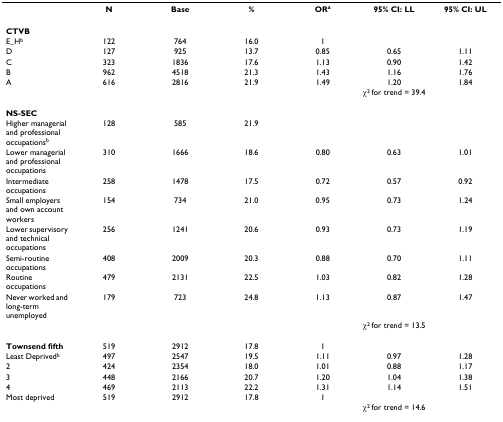
<table><thead><tr><td></td><td><b>N</b></td><td><b>Base</b></td><td><b>%</b></td><td><b>OR<sup>a</sup></b></td><td><b>95% CI: LL</b></td><td><b>95% CI: UL</b></td></tr></thead><tbody><tr><td><b>CTVB</b></td><td></td><td></td><td></td><td></td><td></td><td></td></tr><tr><td>E_H<sup>b</sup></td><td>122</td><td>764</td><td>16.0</td><td>1</td><td></td><td></td></tr><tr><td>D</td><td>127</td><td>925</td><td>13.7</td><td>0.85</td><td>0.65</td><td>1.11</td></tr><tr><td>C</td><td>323</td><td>1836</td><td>17.6</td><td>1.13</td><td>0.90</td><td>1.42</td></tr><tr><td>B</td><td>962</td><td>4518</td><td>21.3</td><td>1.43</td><td>1.16</td><td>1.76</td></tr><tr><td>A</td><td>616</td><td>2816</td><td>21.9</td><td>1.49</td><td>1.20</td><td>1.84</td></tr><tr><td></td><td></td><td></td><td></td><td colspan="3">χ<sup>2 </sup>for trend = 39.4</td></tr><tr><td><b>NS-SEC</b></td><td></td><td></td><td></td><td></td><td></td><td></td></tr><tr><td>Higher managerial and professional occupations<sup>b</sup></td><td>128</td><td>585</td><td>21.9</td><td></td><td></td><td></td></tr><tr><td>Lower managerial and professional occupations</td><td>310</td><td>1666</td><td>18.6</td><td>0.80</td><td>0.63</td><td>1.01</td></tr><tr><td>Intermediate occupations</td><td>258</td><td>1478</td><td>17.5</td><td>0.72</td><td>0.57</td><td>0.92</td></tr><tr><td>Small employers and own account workers</td><td>154</td><td>734</td><td>21.0</td><td>0.95</td><td>0.73</td><td>1.24</td></tr><tr><td>Lower supervisory and technical occupations</td><td>256</td><td>1241</td><td>20.6</td><td>0.93</td><td>0.73</td><td>1.19</td></tr><tr><td>Semi-routine occupations</td><td>408</td><td>2009</td><td>20.3</td><td>0.88</td><td>0.70</td><td>1.11</td></tr><tr><td>Routine occupations</td><td>479</td><td>2131</td><td>22.5</td><td>1.03</td><td>0.82</td><td>1.28</td></tr><tr><td>Never worked and long-term unemployed</td><td>179</td><td>723</td><td>24.8</td><td>1.13</td><td>0.87</td><td>1.47</td></tr><tr><td></td><td></td><td></td><td></td><td colspan="3">χ<sup>2 </sup>for trend = 13.5</td></tr><tr><td><b>Townsend fifth</b></td><td>519</td><td>2912</td><td>17.8</td><td>1</td><td></td><td></td></tr><tr><td>Least Deprived<sup>b</sup></td><td>497</td><td>2547</td><td>19.5</td><td>1.11</td><td>0.97</td><td>1.28</td></tr><tr><td>2</td><td>424</td><td>2354</td><td>18.0</td><td>1.01</td><td>0.88</td><td>1.17</td></tr><tr><td>3</td><td>448</td><td>2166</td><td>20.7</td><td>1.20</td><td>1.04</td><td>1.38</td></tr><tr><td>4</td><td>469</td><td>2113</td><td>22.2</td><td>1.31</td><td>1.14</td><td>1.51</td></tr><tr><td>Most deprived</td><td>519</td><td>2912</td><td>17.8</td><td>1</td><td></td><td></td></tr><tr><td></td><td></td><td></td><td></td><td colspan="3">χ<sup>2 </sup>for trend = 14.6</td></tr></tbody></table>